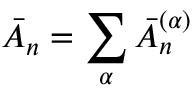
\bar { A } _ { n } = \sum _ { \alpha } \bar { A } _ { n } ^ { ( \alpha ) }